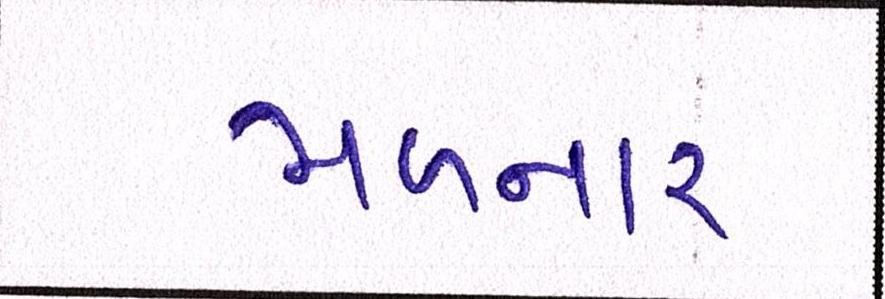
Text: મળનાર